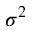
\sigma ^ { 2 }